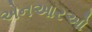
એનઆરઓ